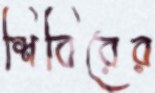
শিবিরের